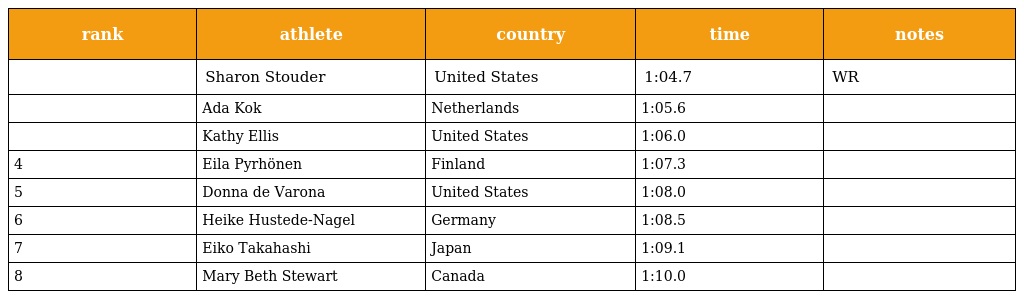
| rank | athlete | country | time | notes |
 | --- | --- | --- | --- | --- |
 |  | Sharon Stouder | United States | 1:04.7 | WR |
 |  | Ada Kok | Netherlands | 1:05.6 |  |
 |  | Kathy Ellis | United States | 1:06.0 |  |
 | 4 | Eila Pyrhönen | Finland | 1:07.3 |  |
 | 5 | Donna de Varona | United States | 1:08.0 |  |
 | 6 | Heike Hustede-Nagel | Germany | 1:08.5 |  |
 | 7 | Eiko Takahashi | Japan | 1:09.1 |  |
 | 8 | Mary Beth Stewart | Canada | 1:10.0 |  |